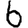
Digit: 6